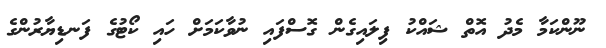
ނޫންކަމާ މެދު އޮތް ޝައްކު ފިލައިގެން ގޮސްފައި ނުވާކަމަށް ހައި ކޯޓުގެ ފަނޑިޔާރުންގެ